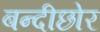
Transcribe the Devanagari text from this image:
बन्दीछोर